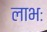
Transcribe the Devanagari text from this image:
लाभः